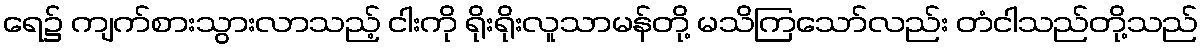
ရေ၌ ကျက်စားသွားလာသည့် ငါးကို ရိုးရိုးလူသာမန်တို့ မသိကြသော်လည်း တံငါသည်တို့သည်